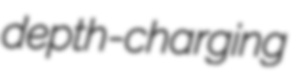
depth-charging